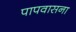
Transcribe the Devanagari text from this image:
पापवासना